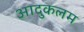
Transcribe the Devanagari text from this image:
आदुकलम